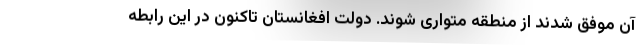
آن موفق شدند از منطقه متواری شوند. دولت افغانستان تاکنون در این رابطه